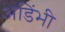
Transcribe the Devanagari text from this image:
अडिंभी